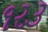
૧ર૩